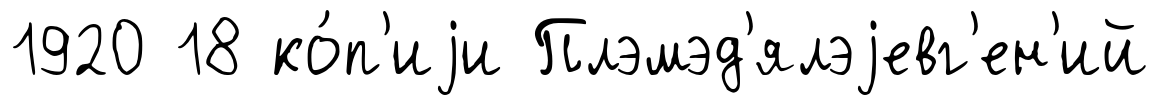
1920 18 ко́п'иjи Плэмэд'ялэjевг'ен'ий